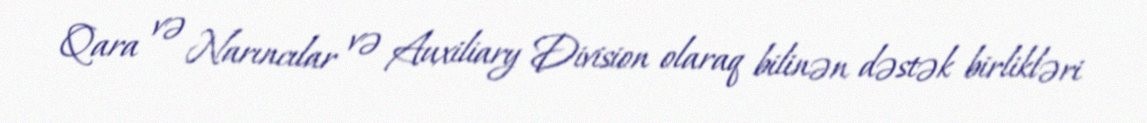
Qara və Narıncılar və Auxiliary Division olaraq bilinən dəstək birlikləri